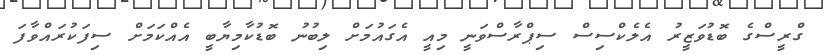
ގްރީސްގެ ބޮޑުވަޒީރު އެލެކްސިސް ސިޕްރާސްވަނީ މިއީ އެގައުމަށް ލިބުނު ބޮޑުކާމިޔާބީ އެއްކަމަށް ސިފަކުރައްވާފަ